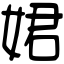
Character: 𡝗